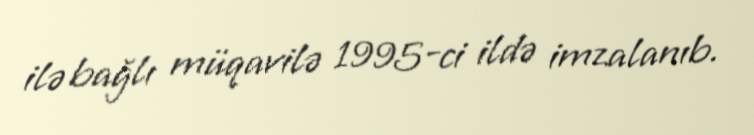
ilə bağlı müqavilə 1995-ci ildə imzalanıb.